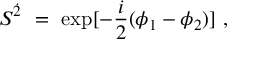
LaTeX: S ^ { \dot { 2 } } ~ = ~ \mathrm { e x p } [ - \frac { i } { 2 } ( \phi _ { 1 } - \phi _ { 2 } ) ] ~ ,